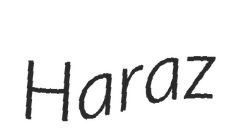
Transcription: Haraz